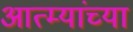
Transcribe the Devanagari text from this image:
आत्म्यांच्या